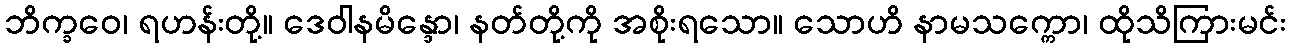
ဘိက္ခဝေ၊ ရဟန်းတို့။ ဒေဝါနမိန္ဒော၊ နတ်တို့ကို အစိုးရသော။ သောဟိ နာမသက္ကော၊ ထိုသိကြားမင်း